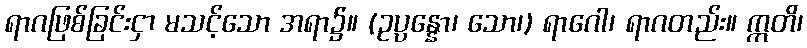
ရာဂဖြစ်ခြင်းငှာ မသင့်သော အရာ၌။ (ဥပ္ပန္နော၊ သော၊) ရာဂေါ၊ ရာဂတည်း။ ဣတိ၊